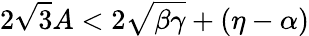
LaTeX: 2\sqrt{3}A<2\sqrt{\beta\gamma}+(\eta-\alpha)